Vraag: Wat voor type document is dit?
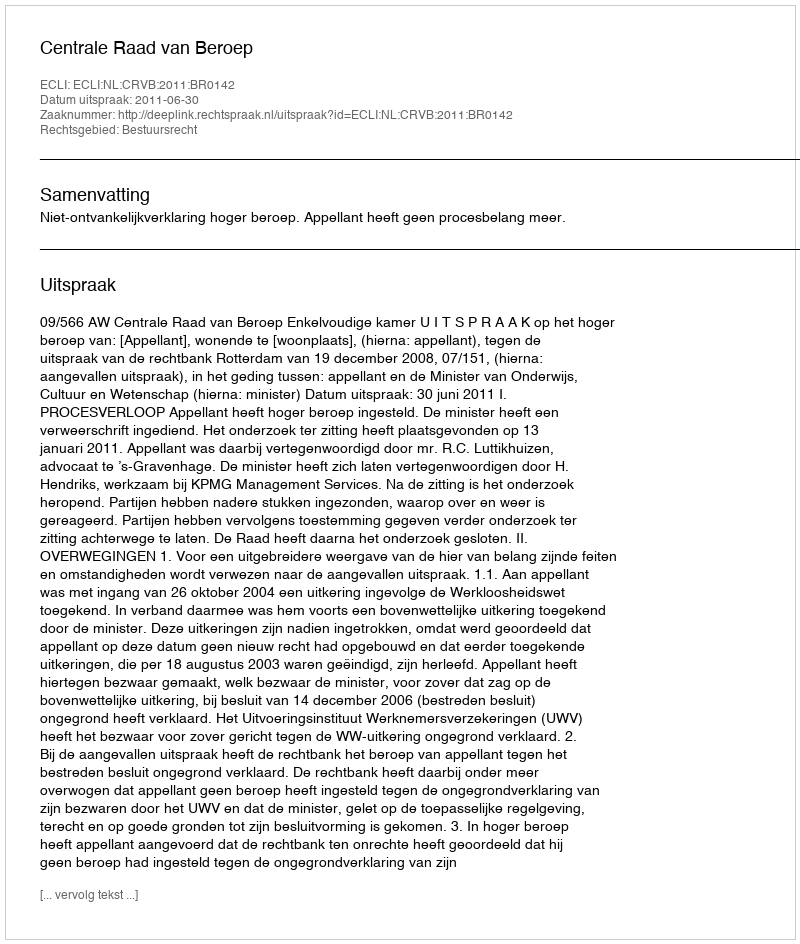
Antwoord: Uitspraak